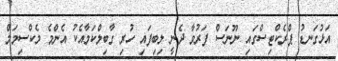
އަޅުގަނޑު ޕްރެކްޓިސްގައި ނޫނަސް ފަރުވާ ދެނީ ލިބިފައި ހުރި ގާބިލްކަމާއެކު އެންމެ މެކްސިމަމް